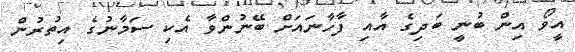
އީވޯ އިން ބުނީ ބަދިގެ އާއި ފާހާނައަށް ބޭނުންވާ އެކި ސަމާނުގެ އިތުރުން